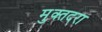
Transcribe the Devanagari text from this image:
मुक्तदरा